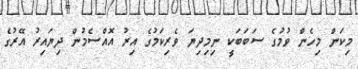
މިކަން މިހެން ވުމުގެ ސަބަބަކީ ނިމިދިޔަ ވެރިކަމުގެ އިރު އޮއްސެމުން ދިޔައިރު އޭރުގެ